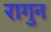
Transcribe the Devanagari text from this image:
रागुन